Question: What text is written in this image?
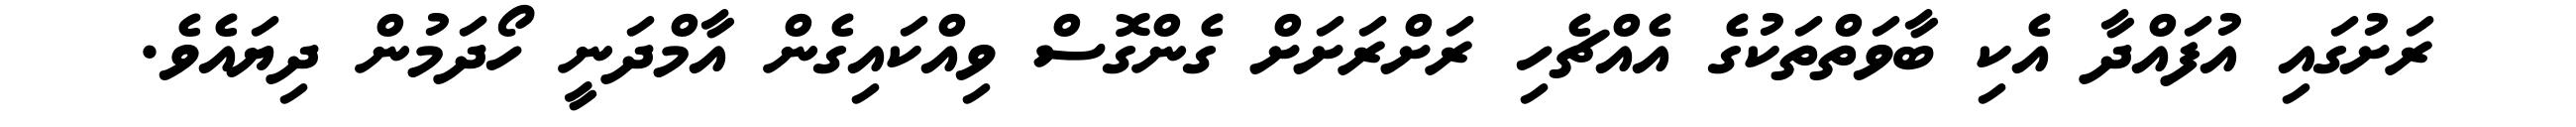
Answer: ރަށުގައި އުފައްދާ އެކި ބާވަތްތަކުގެ އެއްޗެހި ރަށްރަށަށް ގެންގޮސް ވިއްކައިގެން އާމްދަނީ ހޯދަމުން ދިޔައެވެ.